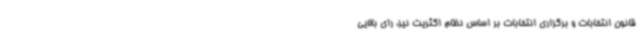
قانون انتخابات و برگزاری انتخابات بر اساس نظام اکثریت نیز، رای بالایی